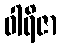
ဝါရိဇာ